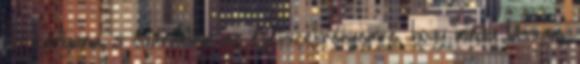
kis kártyára, s odaraktam az éjjeliszekrényemre, hogy mindig lássam,